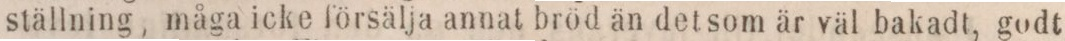
ställning, måga icke försälja annat bröd än det som är väl bakadt, godt